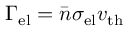
\Gamma _ { \mathrm { e l } } = \bar { n } \sigma _ { \mathrm { e l } } v _ { \mathrm { t h } }